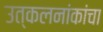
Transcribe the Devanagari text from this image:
उत्कलनांकांचा